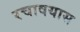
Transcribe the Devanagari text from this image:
रचावयास